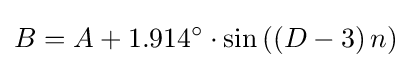
B=A+1.914^{\circ }\cdot \sin \left(\left(D-3\right)n\right)